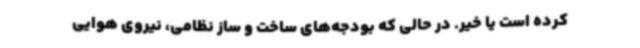
کرده است یا خیر. در حالی که بودجه‌های ساخت و ساز نظامی، نیروی هوایی